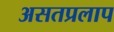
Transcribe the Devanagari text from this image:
असतप्रलाप